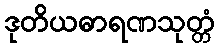
ဒုတိယဓာရဏသုတ္တံ